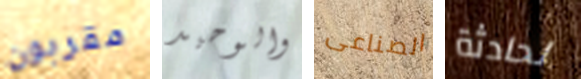
مقربون والوحيد الصناعى لحادثة